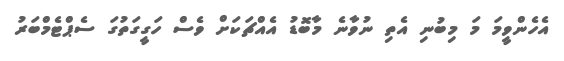
އެހެންވީމަ މަ މިބުނި އެތި ނުވާނެ މާބޮޑު އެއްޗަކަށް ވެސް ހަގީގަތުގަ ސެޕްޓެމްބަރު